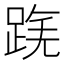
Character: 𨂟